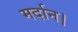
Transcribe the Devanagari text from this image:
मर्दान।